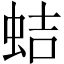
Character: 蛣